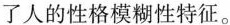
了人的性格模糊性特征。